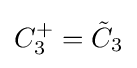
C_{3}^{+}={\tilde {C}}_{3}